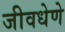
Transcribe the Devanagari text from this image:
जीवधेणे